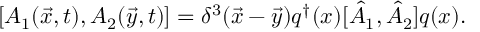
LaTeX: [ A _ { 1 } ( \vec { x } , t ) , A _ { 2 } ( \vec { y } , t ) ] = \delta ^ { 3 } ( \vec { x } - \vec { y } ) q ^ { \dagger } ( x ) [ \hat { A } _ { 1 } , \hat { A } _ { 2 } ] q ( x ) .